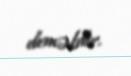
deməkdir.